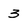
Character: 3